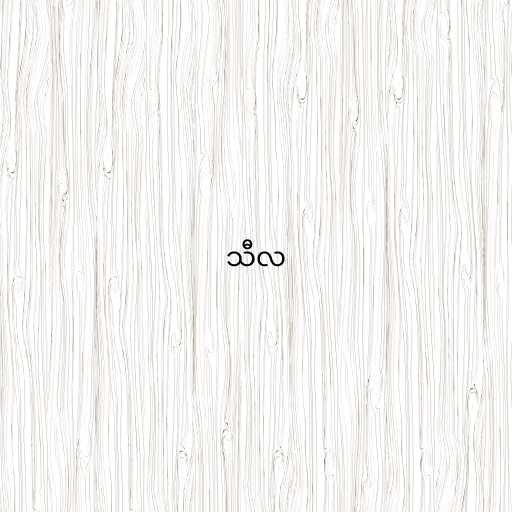
သီလ